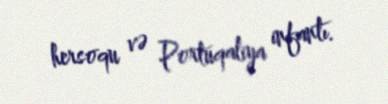
hersoqu və Portuqaliya infantı.